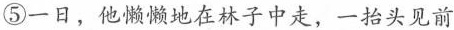
⑤一日，他懒懒地在林子中走，一抬头见前